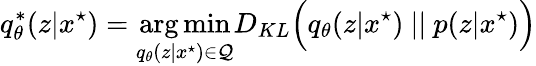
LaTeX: q_{\theta}^{*}(z|x^{\star})=\operatorname*{\arg\operatorname*{min}}_{q_{\theta}(z|x^{\star})\in\mathcal{Q}}D_{KL}\Big(q_{\theta}(z|x^{\star})\ ||\ p(z|x^{\star})\Big)